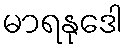
မာရနုဒေါ